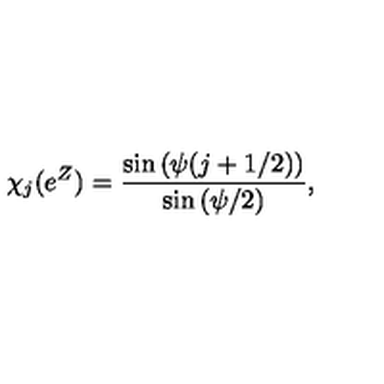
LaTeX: \chi _ { j } ( e ^ { Z } ) = { \frac { \sin { ( \psi ( j + 1 / 2 ) ) } } { \sin { ( \psi / 2 ) } } } ,